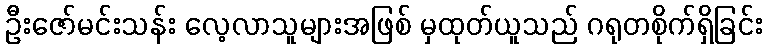
ဦးဇော်မင်းသန်း လေ့လာသူများအဖြစ် မှထုတ်ယူသည် ဂရုတစိုက်ရှိခြင်း